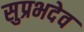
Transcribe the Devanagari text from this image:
सुप्रभदेव